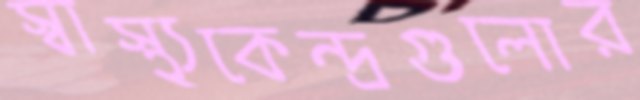
স্বাস্থ্যকেন্দ্রগুলোর